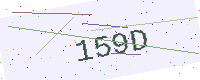
Text: 159D